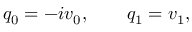
q _ { 0 } = - i v _ { 0 } , \qquad q _ { 1 } = v _ { 1 } ,